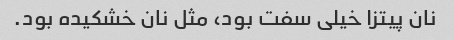
نان پیتزا خیلى سفت بود، مثل نان خشکیده بود.